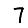
Digit: 7